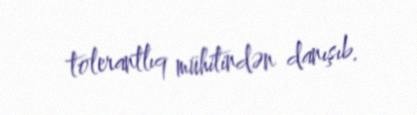
tolerantlıq mühitindən danışıb.